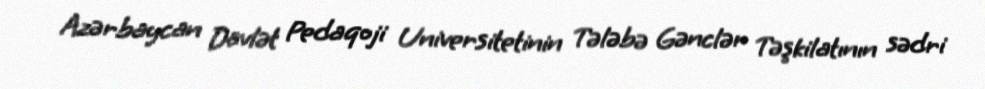
Azərbaycan Dövlət Pedaqoji Universitetinin Tələbə Gənclər Təşkilatının sədri